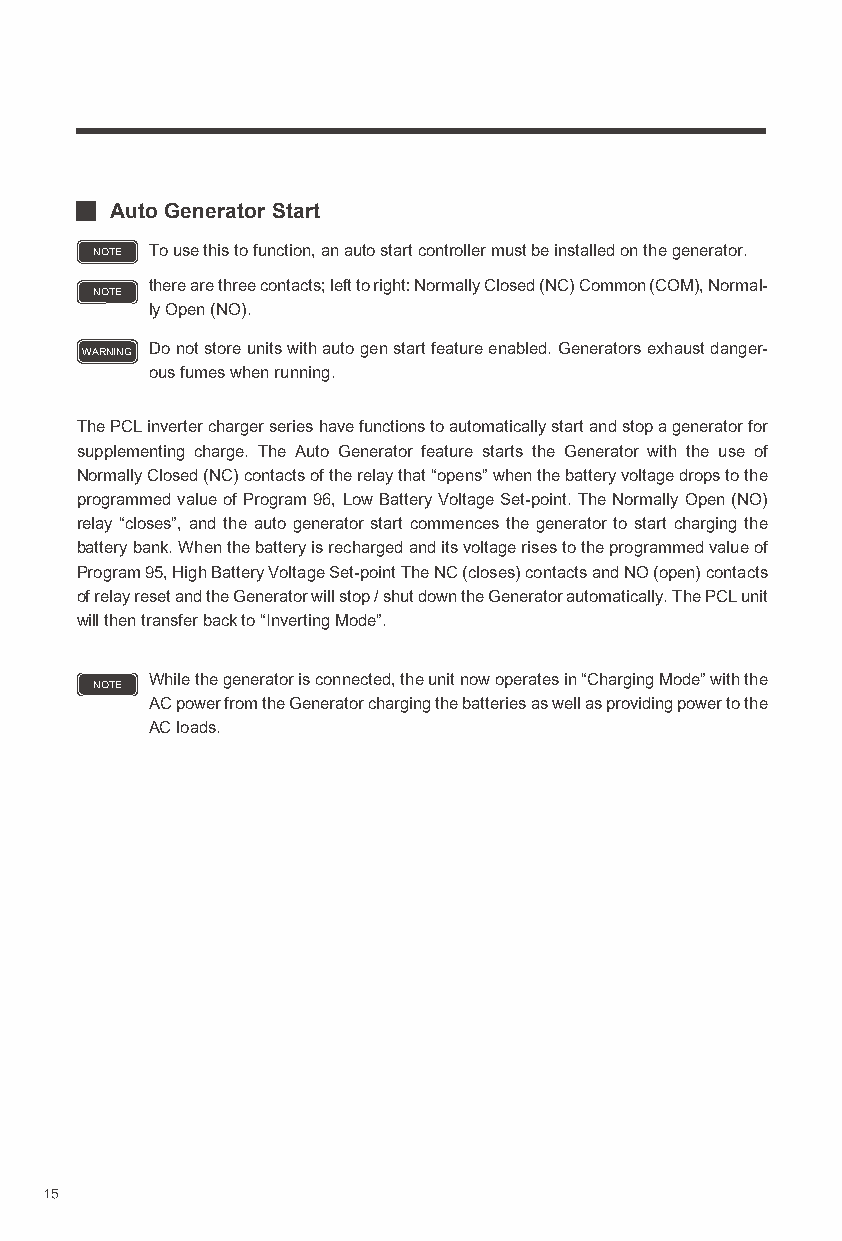
Auto Generator Start
 NOTE To use this to function, an auto start controller must be installed on the generator.
 there are three contacts; left to right: Normally Closed (NC) Common (COM), Normal-
 NOTE
 ly Open (NO).
 WARNING Do not store units with auto gen start feature enabled. Generators exhaust danger-
 ous fumes when running.
 The PCL inverter charger series have functions to automatically start and stop a generator for
 supplementing charge. The Auto Generator feature starts the Generator with the use of
 Normally Closed (NC) contacts of the relay that “opens” when the battery voltage drops to the
 programmed value of Program 96, Low Battery Voltage Set-point. The Normally Open (NO)
 relay “closes”, and the auto generator start commences the generator to start charging the
 battery bank. When the battery is recharged and its voltage rises to the programmed value of
 Program 95, High Battery Voltage Set-point The NC (closes) contacts and NO (open) contacts
 of relay reset and the Generator will stop / shut down the Generator automatically. The PCL unit
 will then transfer back to “Inverting Mode”.
 While the generator is connected, the unit now operates in “Charging Mode” with the
 NOTE
 AC power from the Generator charging the batteries as well as providing power to the
 AC loads.
 15